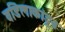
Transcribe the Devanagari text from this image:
वडिलाकांडून